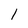
Character: l